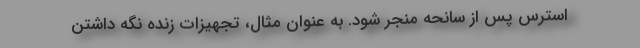
استرس پس از سانحه منجر شود. به عنوان مثال، تجهیزات زنده نگه داشتن